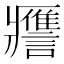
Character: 𧭭